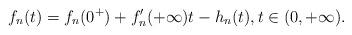
LaTeX: \begin{align*}f_n(t)=f_n(0^+)+f_n'(+\infty)t-h_n(t),t\in(0,+\infty).\end{align*}